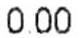
0.00